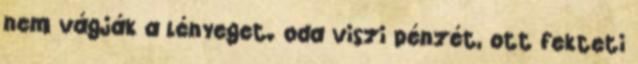
nem vágják a lényeget. oda viszi pénzét, ott fekteti